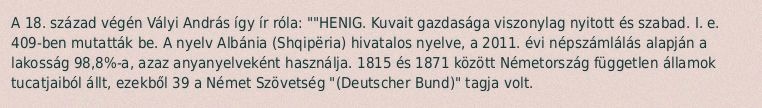
A 18. század végén Vályi András így ír róla: ""HENIG. Kuvait gazdasága viszonylag nyitott és szabad. I. e. 409-ben mutatták be. A nyelv Albánia (Shqipëria) hivatalos nyelve, a 2011. évi népszámlálás alapján a lakosság 98,8%-a, azaz anyanyelveként használja. 1815 és 1871 között Németország független államok tucatjaiból állt, ezekből 39 a Német Szövetség "(Deutscher Bund)" tagja volt.